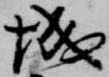
城